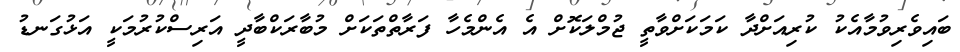
ބައިވެރިވުމާއެކު ކުރިއަށްދާ ކަމަކަށްވާތީ ޖުމްލަކޮށް އެ އެންމެހާ ފަރާތްތަކަށް މުބާރަކްބާދީ އަރިސްކުރުމަކީ އަޅުގަނޑު